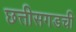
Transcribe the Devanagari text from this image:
छत्तीसगडची